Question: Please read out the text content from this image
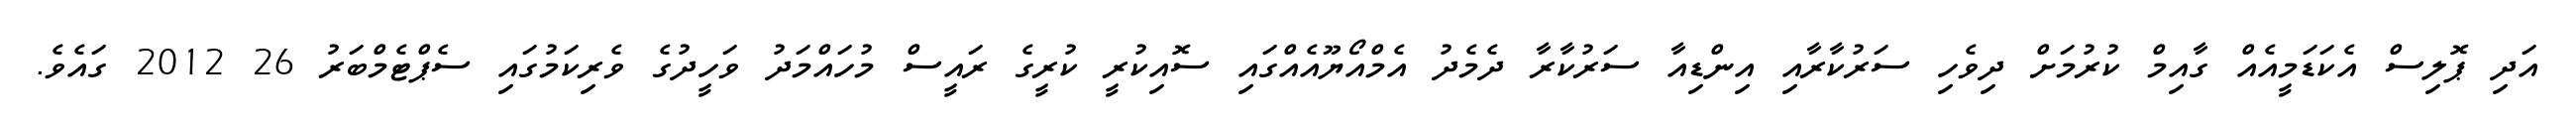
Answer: އަދި ޕޮލިސް އެކަޑަމީއެއް ގާއިމް ކުރުމަށް ދިވެހި ސަރުކާރާއި އިންޑިއާ ސަރުކާރާ ދެމެދު އެމްއޯޔޫއެއްގައި ސޮއިކުރީ ކުރީގެ ރައީސް މުހައްމަދު ވަހީދުގެ ވެރިކަމުގައި ސެޕްޓެމްބަރު 26 2012 ގައެވެ.